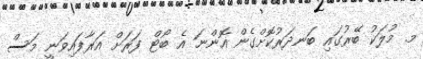
މ. މުލަކު ބޭރުގައި ބަނދަރުކޮށްގެން އޮންނަ އެ ބޯޓް ފަރަށް އަރާފައިވަނީ މަސް